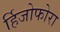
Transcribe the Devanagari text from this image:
र्हिजोफोरा